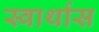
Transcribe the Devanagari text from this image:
स्वार्थास